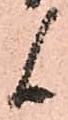
候